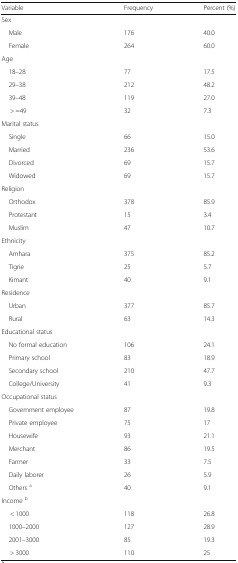
| Variable | Frequency | Percent (%) |
 | --- | --- | --- |
 | <COLSPAN=3> Sex |
 | Male | 176 | 40.0 |
 | Female | 264 | 60.0 |
 | Age |  |  |
 | 18–28 | 77 | 17.5 |
 | 29–38 | 212 | 48.2 |
 | 39–48 | 119 | 27.0 |
 | > =49 | 32 | 7.3 |
 | <COLSPAN=3> Marital status |
 | Single | 66 | 15.0 |
 | Married | 236 | 53.6 |
 | Divorced | 69 | 15.7 |
 | Widowed | 69 | 15.7 |
 | <COLSPAN=3> Religion |
 | Orthodox | 378 | 85.9 |
 | Protestant | 15 | 3.4 |
 | Muslim | 47 | 10.7 |
 | <COLSPAN=3> Ethnicity |
 | Amhara | 375 | 85.2 |
 | Tigrie | 25 | 5.7 |
 | Kimant | 40 | 9.1 |
 | <COLSPAN=3> Residence |
 | Urban | 377 | 85.7 |
 | Rural | 63 | 14.3 |
 | <COLSPAN=3> Educational status |
 | No formal education | 106 | 24.1 |
 | Primary school | 83 | 18.9 |
 | Secondary school | 210 | 47.7 |
 | College/University | 41 | 9.3 |
 | <COLSPAN=3> Occupational status |
 | Government employee | 87 | 19.8 |
 | Private employee | 75 | 17 |
 | Housewife | 93 | 21.1 |
 | Merchant | 86 | 19.5 |
 | Farmer | 33 | 7.5 |
 | Daily laborer | 26 | 5.9 |
 | Others a | 40 | 9.1 |
 | <COLSPAN=3> Income b |
 | < 1000 | 118 | 26.8 |
 | 1000–2000 | 127 | 28.9 |
 | 2001–3000 | 85 | 19.3 |
 | > 3000 | 110 | 25 |